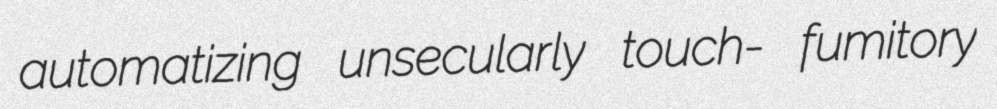
automatizing unsecularly touch- fumitory